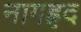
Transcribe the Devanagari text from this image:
नागह्रद